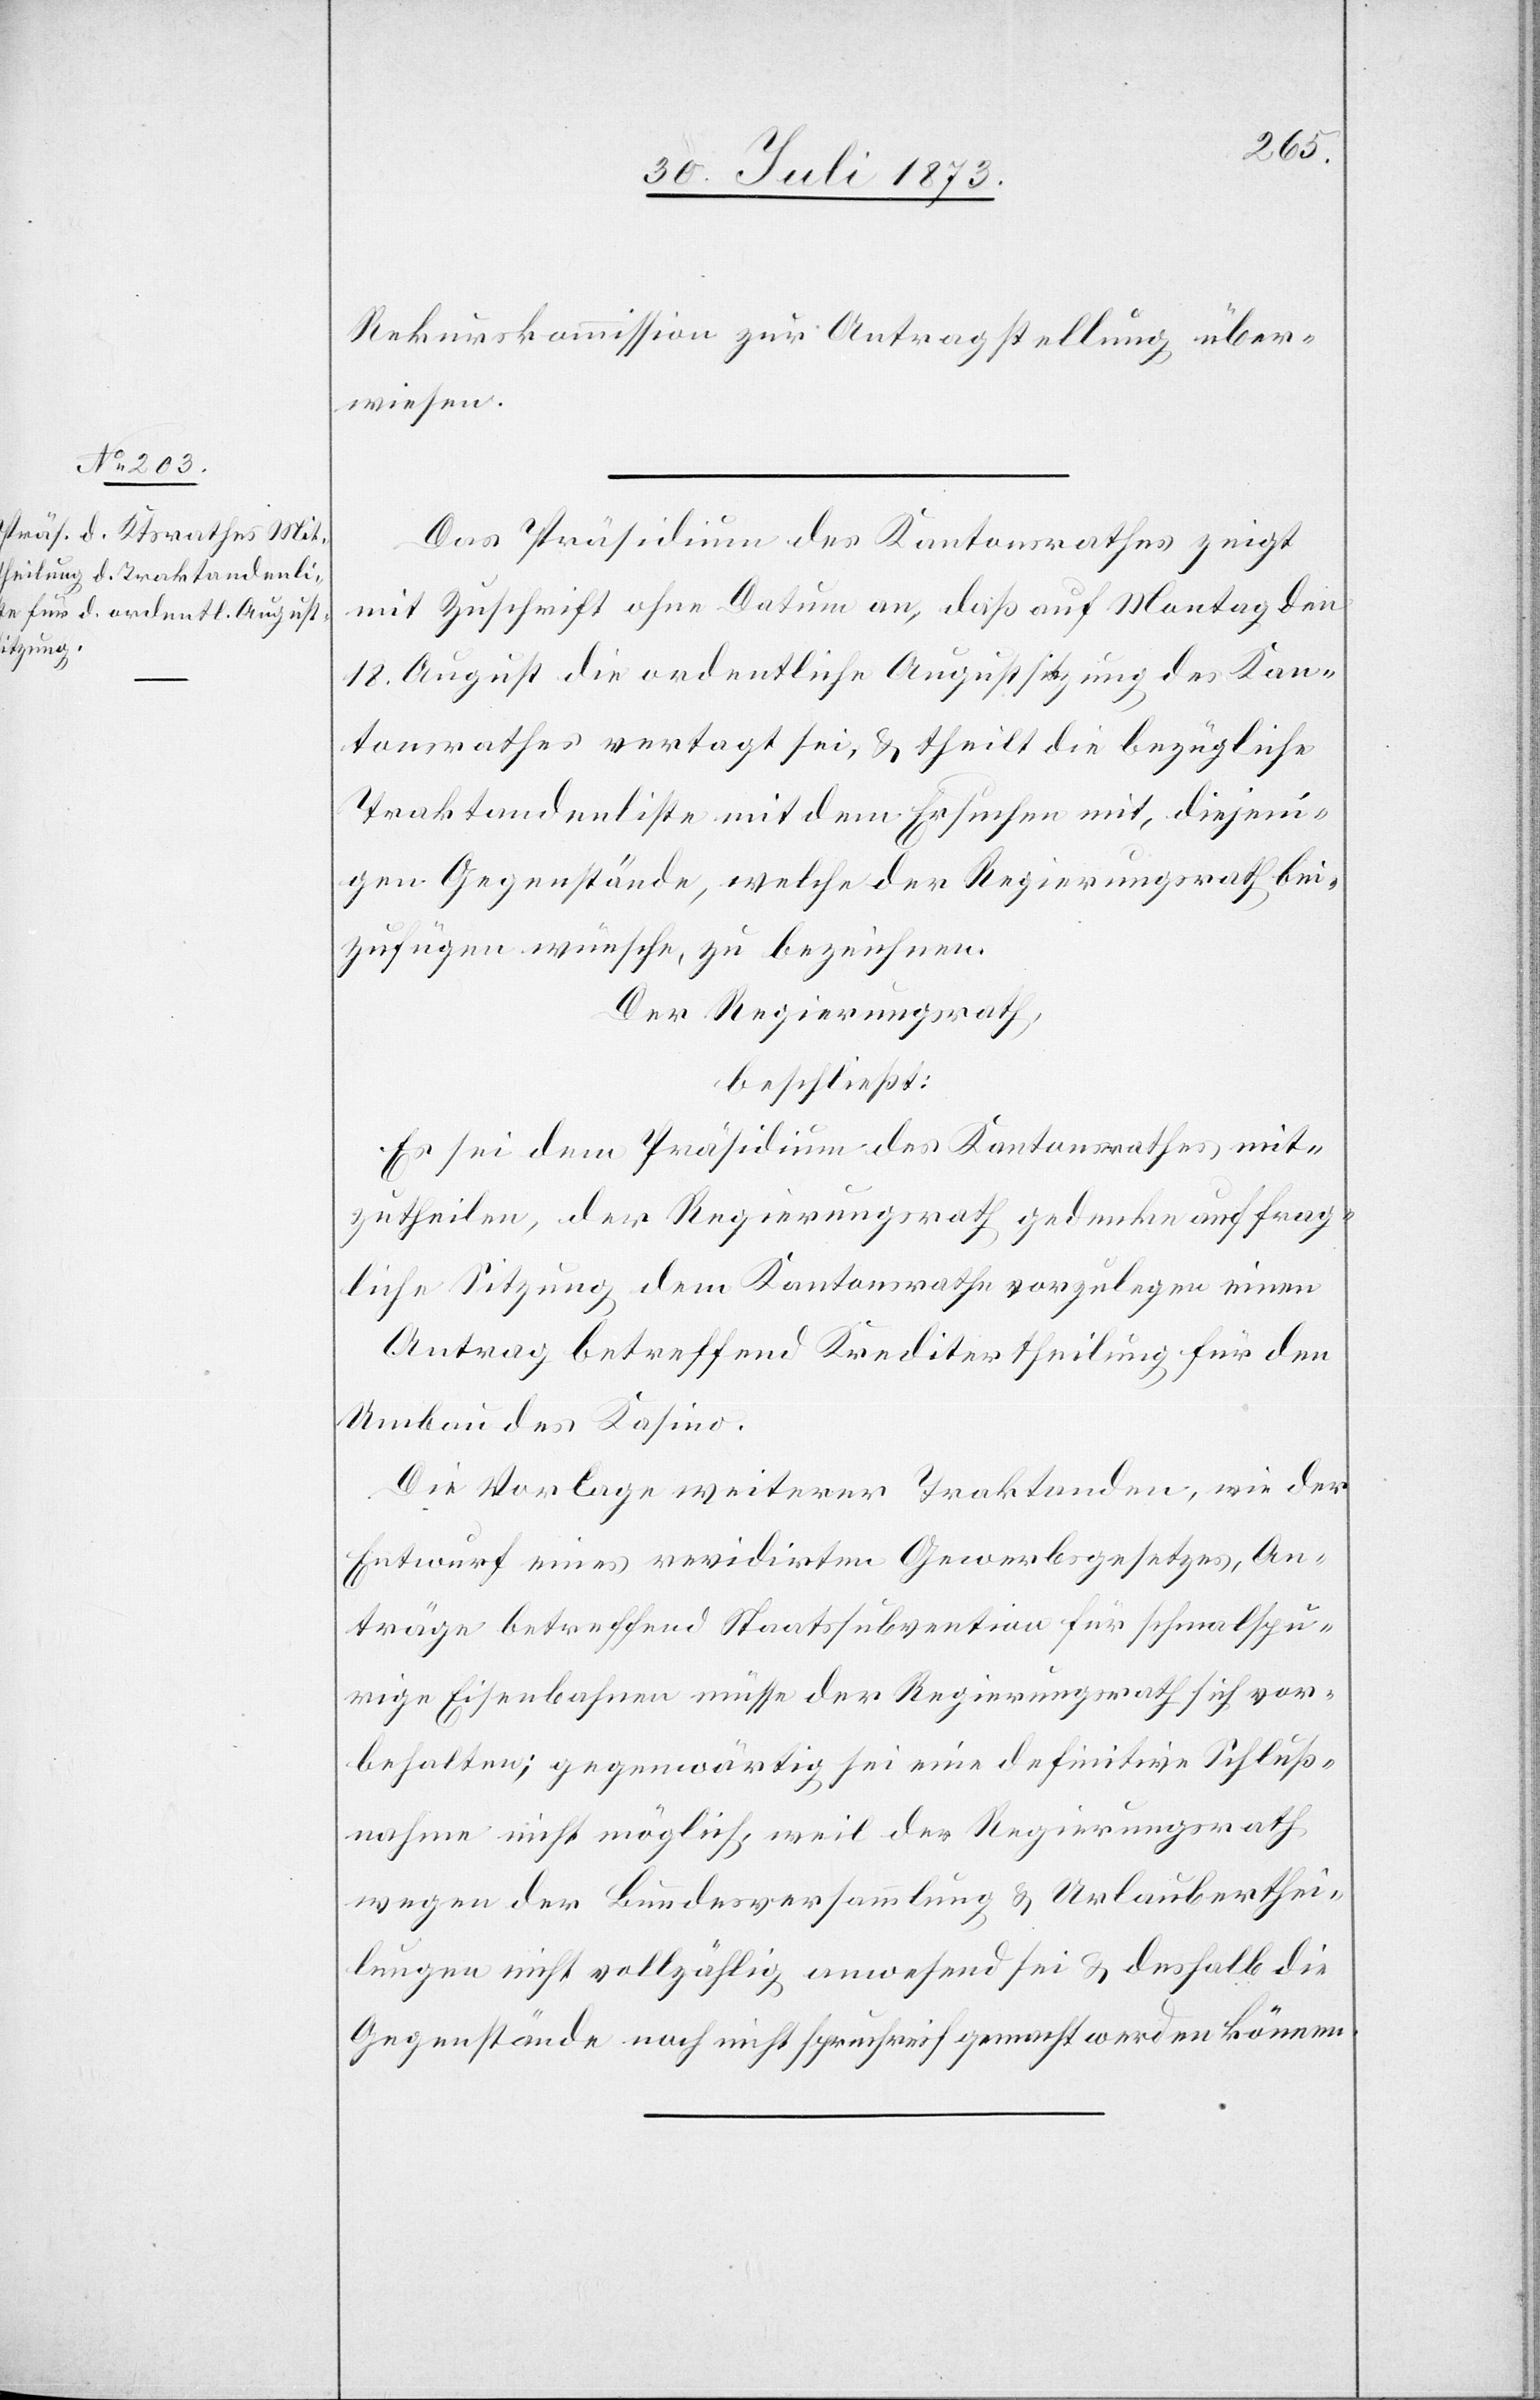
Rekurskommission zur Antragstellung über¬
wiesen.
Das Präsidium des Kantonsrathes zeigt
mit Zuschrift ohne Datum an, daß auf Montag den
18. August die ordentliche Augustsitzung des Kan¬
tonsrathes vertagt sei, & theilt die bezügliche
Traktandenliste mit dem Ersuchen mit, diejeni¬
gen Gegenstände, welche der Regierungsrath bei¬
zufügen wünsche, zu bezeichnen.
Der Regierungsrath,
beschließt:
Es sei dem Präsidium des Kantonsrathes mit¬
zutheilen, der Regierungsrath gedenke auf frag¬
liche Sitzung dem Kantonsrathe vorzulegen einen
Antrag betreffend Kreditertheilung für den
Umbau des Kasino.
Die Vorlage weiterer Traktanden, wie der
Entwurf eines revidirten Gewerbsgesetzes, An¬
träge betreffend Staatssubvention für schmalspu¬
rige Eisenbahnen müsse der Regierungsrath sich vor¬
behalten; gegenwärtig sei eine definitive Schluß¬
nahme nicht möglich, weil der Regierungsrath
wegen der Bundesversammlung & Urlauberthei¬
lungen nicht vollzählig anwesend sei & deshalb die
Gegenstände noch nicht spruchreif gemacht werden können.